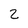
Character: 2